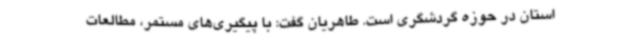
استان در حوزه گردشگری است. طاهریان گفت: با پیگیری‌های مستمر، مطالعات